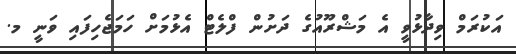
އަކުރަމް ވިދާޅުވީ އެ މަޝްރޫއުގެ ދަށުން ފްލެޓް އެޅުމަށް ހަމަޖެހިފައި ވަނީ މ.